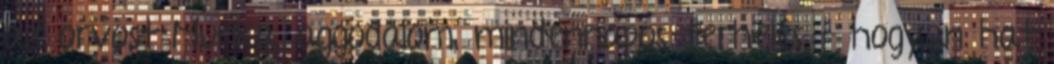
az orvost Munka, aggodalom, mindennapos terhelés - hogyan hat